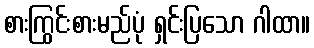
စားကြွင်းစားမည်ပုံ ရှင်းပြသော ဂါထာ။